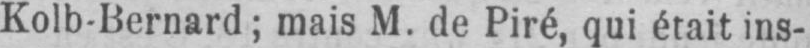
Kolb-Bernard; mais M. de Piré, qui était ins-